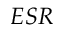
E S R